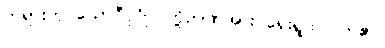
တရားဟု ယောဂီပုဂ္ဂိုလ်တို့ဉာဏ်အား ရှေးရှုထင်လာ၏။